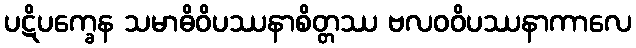
ပဋိပက္ခေန သမာဓိဝိပဿနာစိတ္တဿ ဗလဝဝိပဿနာကာလေ